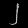
Digit: ၂